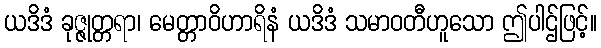
ယဒိဒံ ခုဇ္ဇုတ္တရာ၊ မေတ္တာဝိဟာရိနံ ယဒိဒံ သမာဝတီဟူသော ဤပါဌ်ဖြင့်။